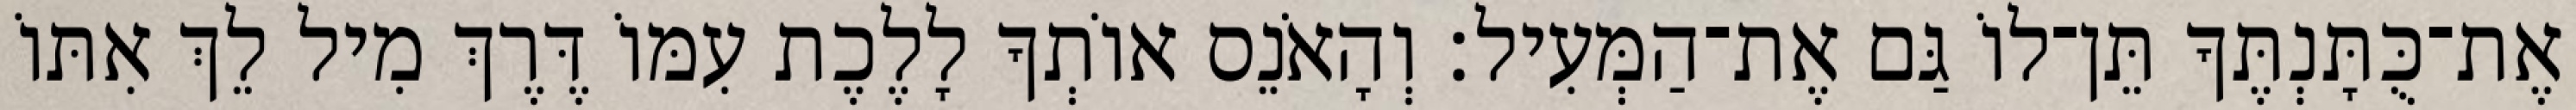
אֶת־כֻּתָּנְתֶּךָ תֵּן־לוֹ גַּם אֶת־הַמְּעִיל׃ וְהָאֹנֵס אוֹתְךָ לָלֶכֶת עִמּוֹ דֶּרֶךְ מִיל לֵךְ אִתּוֹ